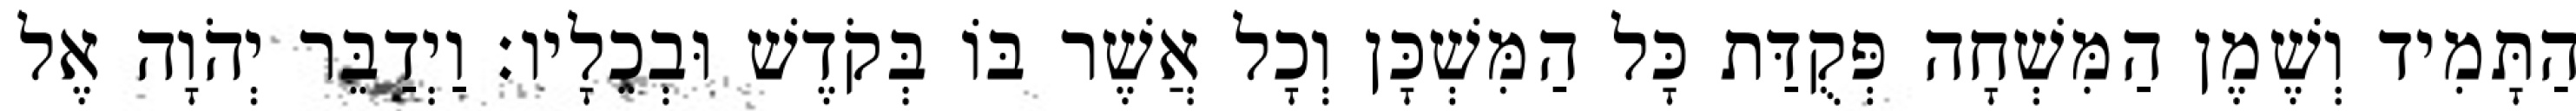
הַתָּמִיד וְשֶׁמֶן הַמִּשְׁחָה פְּקֻדַּת כָּל הַמִּשְׁכָּן וְכָל אֲשֶׁר בּוֹ בְּקֹדֶשׁ וּבְכֵלָיו׃ וַיְדַבֵּר יְהֹוָה אֶל